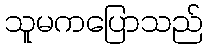
သူမကပြောသည်